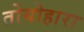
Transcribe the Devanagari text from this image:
तोयोहारा